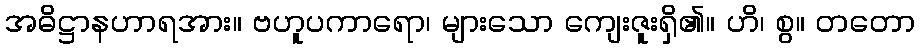
အဓိဋ္ဌာနဟာရအား။ ဗဟူပကာရော၊ များသော ကျေးဇူးရှိ၏။ ဟိ၊ စွ။ တတော